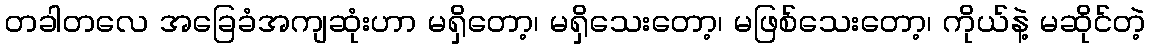
တခါတလေ အခြေခံအကျဆုံးဟာ မရှိတော့၊ မရှိသေးတော့၊ မဖြစ်သေးတော့၊ ကိုယ်နဲ့ မဆိုင်တဲ့